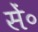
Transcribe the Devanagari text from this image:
सें॰